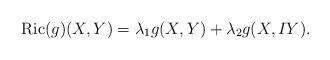
LaTeX: \begin{align*}{\rm Ric}(g)(X,Y)=\lambda_1g(X,Y)+\lambda_2g(X,IY).\end{align*}